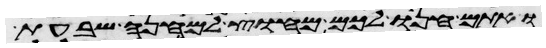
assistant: ואתם חנו לכם מחוץ למחנה שבעת